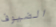
الضيوف